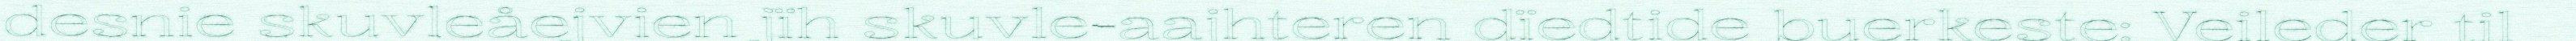
desnie skuvleåejvien jïh skuvle-aajhteren dïedtide buerkeste: Veileder til